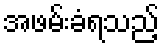
အဖမ်းခံရသည့်